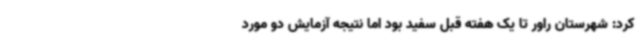
کرد: شهرستان راور تا یک هفته قبل سفید بود اما نتیجه آزمایش دو مورد